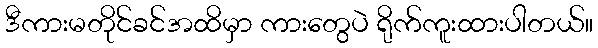
ဒီကားမတိုင်ခင်အထိမှာ ကားတွေပဲ ရိုက်ကူးထားပါတယ်။